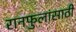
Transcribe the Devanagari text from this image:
रानफुलांसाठी